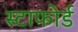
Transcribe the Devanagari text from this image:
स्टाफोर्ड